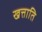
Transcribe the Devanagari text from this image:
खत्ताति